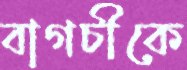
বাগচীকে